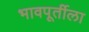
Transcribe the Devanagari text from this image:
भावपूर्तीला